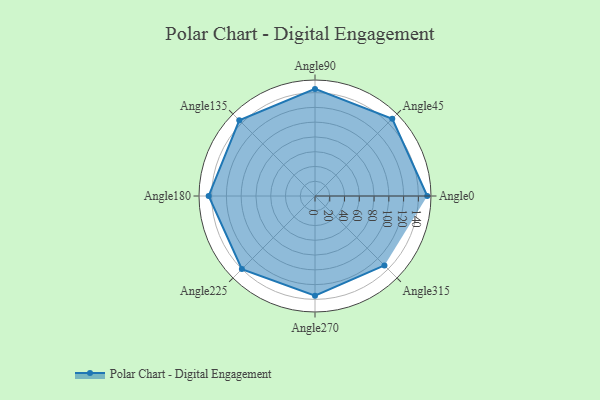
{"axis": {"x": "Angle", "y": "Radius"}, "legend": [""], "data": [{"x": "Angle0", "y": 152.0, "type": ""}, {"x": "Angle45", "y": 148.0, "type": ""}, {"x": "Angle90", "y": 145.0, "type": ""}, {"x": "Angle135", "y": 145.0, "type": ""}, {"x": "Angle180", "y": 144.0, "type": ""}, {"x": "Angle225", "y": 140.0, "type": ""}, {"x": "Angle270", "y": 135.0, "type": ""}, {"x": "Angle315", "y": 133.0, "type": ""}]}